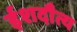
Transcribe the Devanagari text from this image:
ईशदौत्य